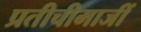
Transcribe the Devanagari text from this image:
प्रतीचीमाजीं